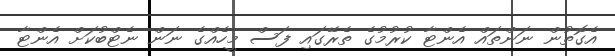
އެގޮތުން ނަންތައް އެންޓާ ކުރުމުގެ ތެރޭގައި ފަސް މީހެއްގެ ނަން ނެޓްބުކަށް އެންޓާ